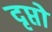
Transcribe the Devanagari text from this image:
दृप्तो